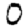
Digit: 0